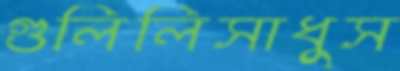
গুলিলিসাধুস